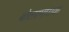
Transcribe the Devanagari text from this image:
बोलामपाक